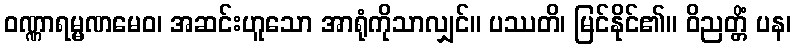
ဝဏ္ဏာရမ္မဏမေဝ၊ အဆင်းဟူသော အာရုံကိုသာလျှင်။ ပဿတိ၊ မြင်နိုင်၏။ ဝိညတ္တိံ ပန၊